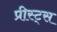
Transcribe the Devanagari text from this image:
प्रीस्ट्स